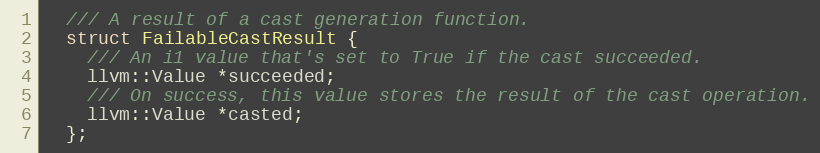
Language: C
  /// A result of a cast generation function.
  struct FailableCastResult {
    /// An i1 value that's set to True if the cast succeeded.
    llvm::Value *succeeded;
    /// On success, this value stores the result of the cast operation.
    llvm::Value *casted;
  };